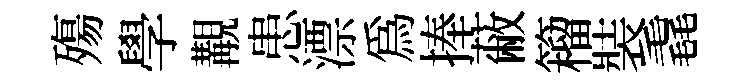
殤學覯患漂爲捧蔽籕裝毳